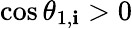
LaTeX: \cos\theta_{1,\mathbf{i}}>0